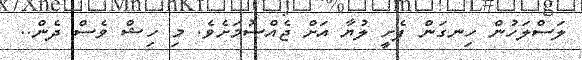
ލަސްލަހުން ހިނގަން ފެށީ ލުޔާ އަށް ޖެއްސުމަށެވެ. މި ހިޝް ވެސް ދެން..